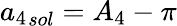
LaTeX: {a_{4}}_{sol}={A_{4}}-\pi